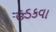
હડકવા